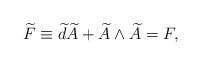
LaTeX: \begin{align*}\widetilde{F}\equiv \widetilde{d}\widetilde{A}+\widetilde{A}\wedge\widetilde{A}=F , \end{align*}